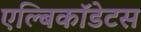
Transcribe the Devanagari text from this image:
एल्बिकॉडेटस